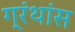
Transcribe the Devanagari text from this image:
ग्रंथांस